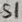
Text: S1